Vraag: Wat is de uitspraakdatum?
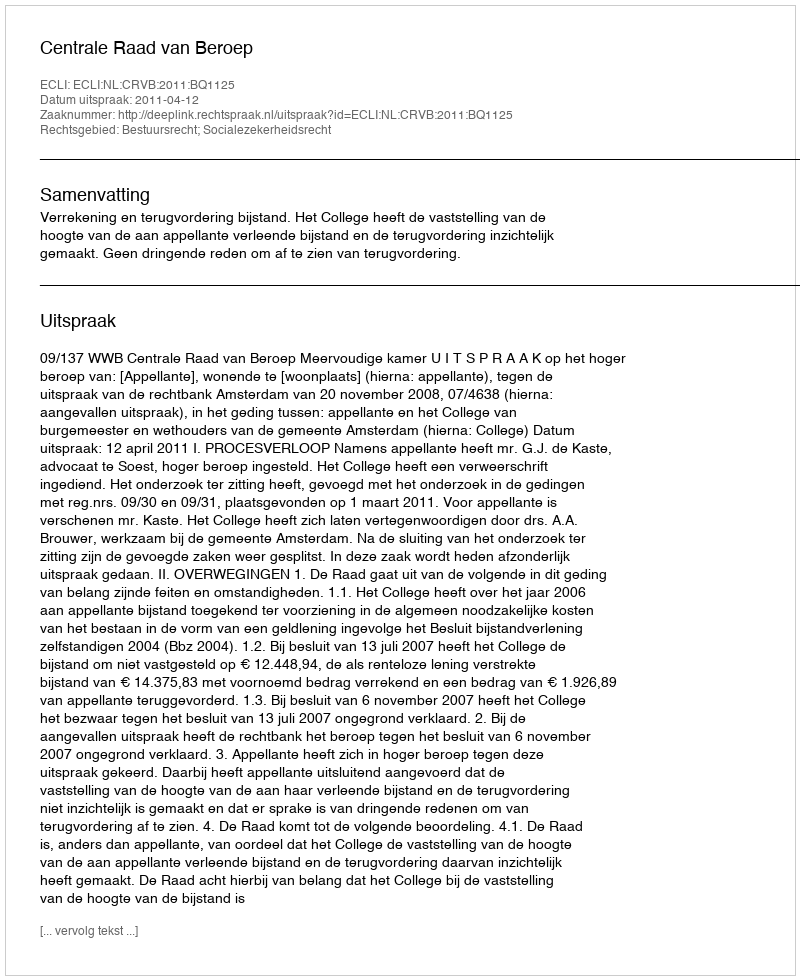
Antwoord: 2011-04-12